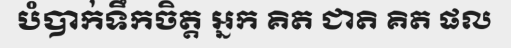
បំបាក់ទឹកចិត្ត អ្នក គិត ជាតិ គិត ផល